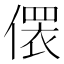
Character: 𪝢